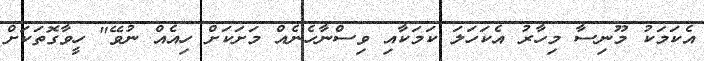
އެކަމަކު މޫނިސާ މިހާރު އެކަހަލަ ކަމަކާއި ވިސްނާހެނެއް މަށަކަށް ހިއެއް ނުވޭ" ހީވާގޮތަކަށް